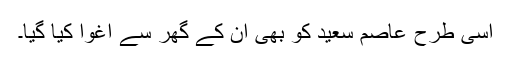
اسی طرح عاصم سعید کو بھی ان کے گھر سے اغوا کیا گیا۔